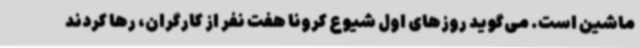
ماشین است. می‌گوید روزهای اول شیوع کرونا هفت نفر از کارگران، رها کردند